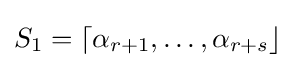
S_{1}=\lceil \alpha _{r+1},\dots ,\alpha _{r+s}\rfloor